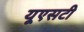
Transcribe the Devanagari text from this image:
यूएसटी